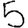
Digit: 5